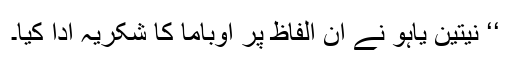
‘‘ نیتین یاہو نے ان الفاظ پر اوباما کا شکریہ ادا کیا۔